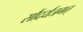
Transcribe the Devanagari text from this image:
सौंदर्यजगत्